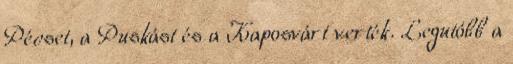
Pécset, a Puskást és a Kaposvárt verték. Legutóbb a